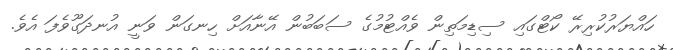
ހައްޔަރުކުރިރޭ ކޯޓްގައި ސިޑިމަތިން ވެއްޓުމުގެ ސަބަބުން އޭނާއަށް ހިނގަން ވަނީ އުނދަގޫވެފަ އެވެ.